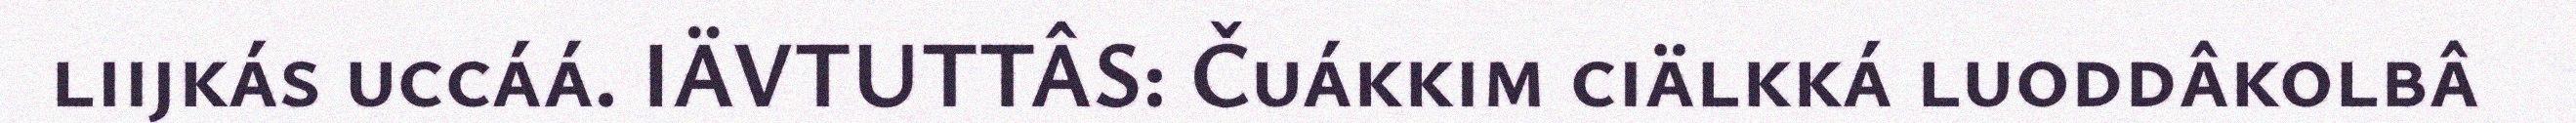
liijkás uccáá. IÄVTUTTÂS: Čuákkim ciälkká luoddâkolbâ